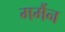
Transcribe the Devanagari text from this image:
मर्मैन